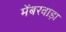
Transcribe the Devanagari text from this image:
मेंबरवाड़ा